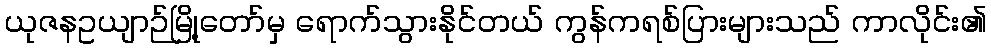
ယုဇနဥယျာဉ်မြို့တော်မှ ရောက်သွားနိုင်တယ် ကွန်ကရစ်ပြားများသည် ကာလိုင်း၏